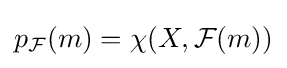
p_{\mathcal {F}}(m)=\chi (X,{\mathcal {F}}(m))